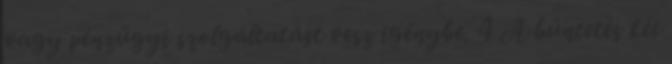
vagy pénzügyi szolgáltatást vesz igénybe. 4 A büntetés két